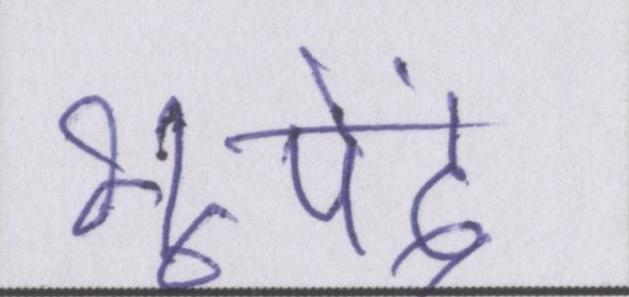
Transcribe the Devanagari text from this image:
भूपेंद्र